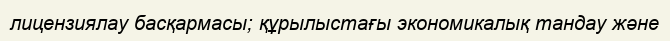
лицензиялау басқармасы; құрылыстағы экономикалық тандау және